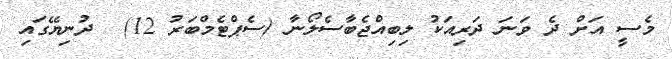
މެސީ އަށް ދެ ވަނަ ދަރިއަކު ލިބިއްޖެބާސެލޯނާ (ސެޕްޓެމްބަރު 12)  ދުނިޔޭގައި